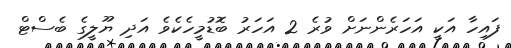
ފައިހާ އަކީ އަހަރެންނަށް ވުރެ 2 އަހަރު ބޮޑުމީހެކެވެ އަދި ޔޫލީގެ ބެސްޓް